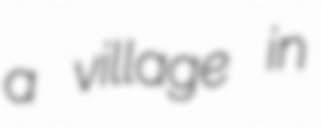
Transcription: a village in